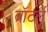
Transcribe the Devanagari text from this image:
वॉटर्लु